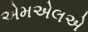
એમએલએ